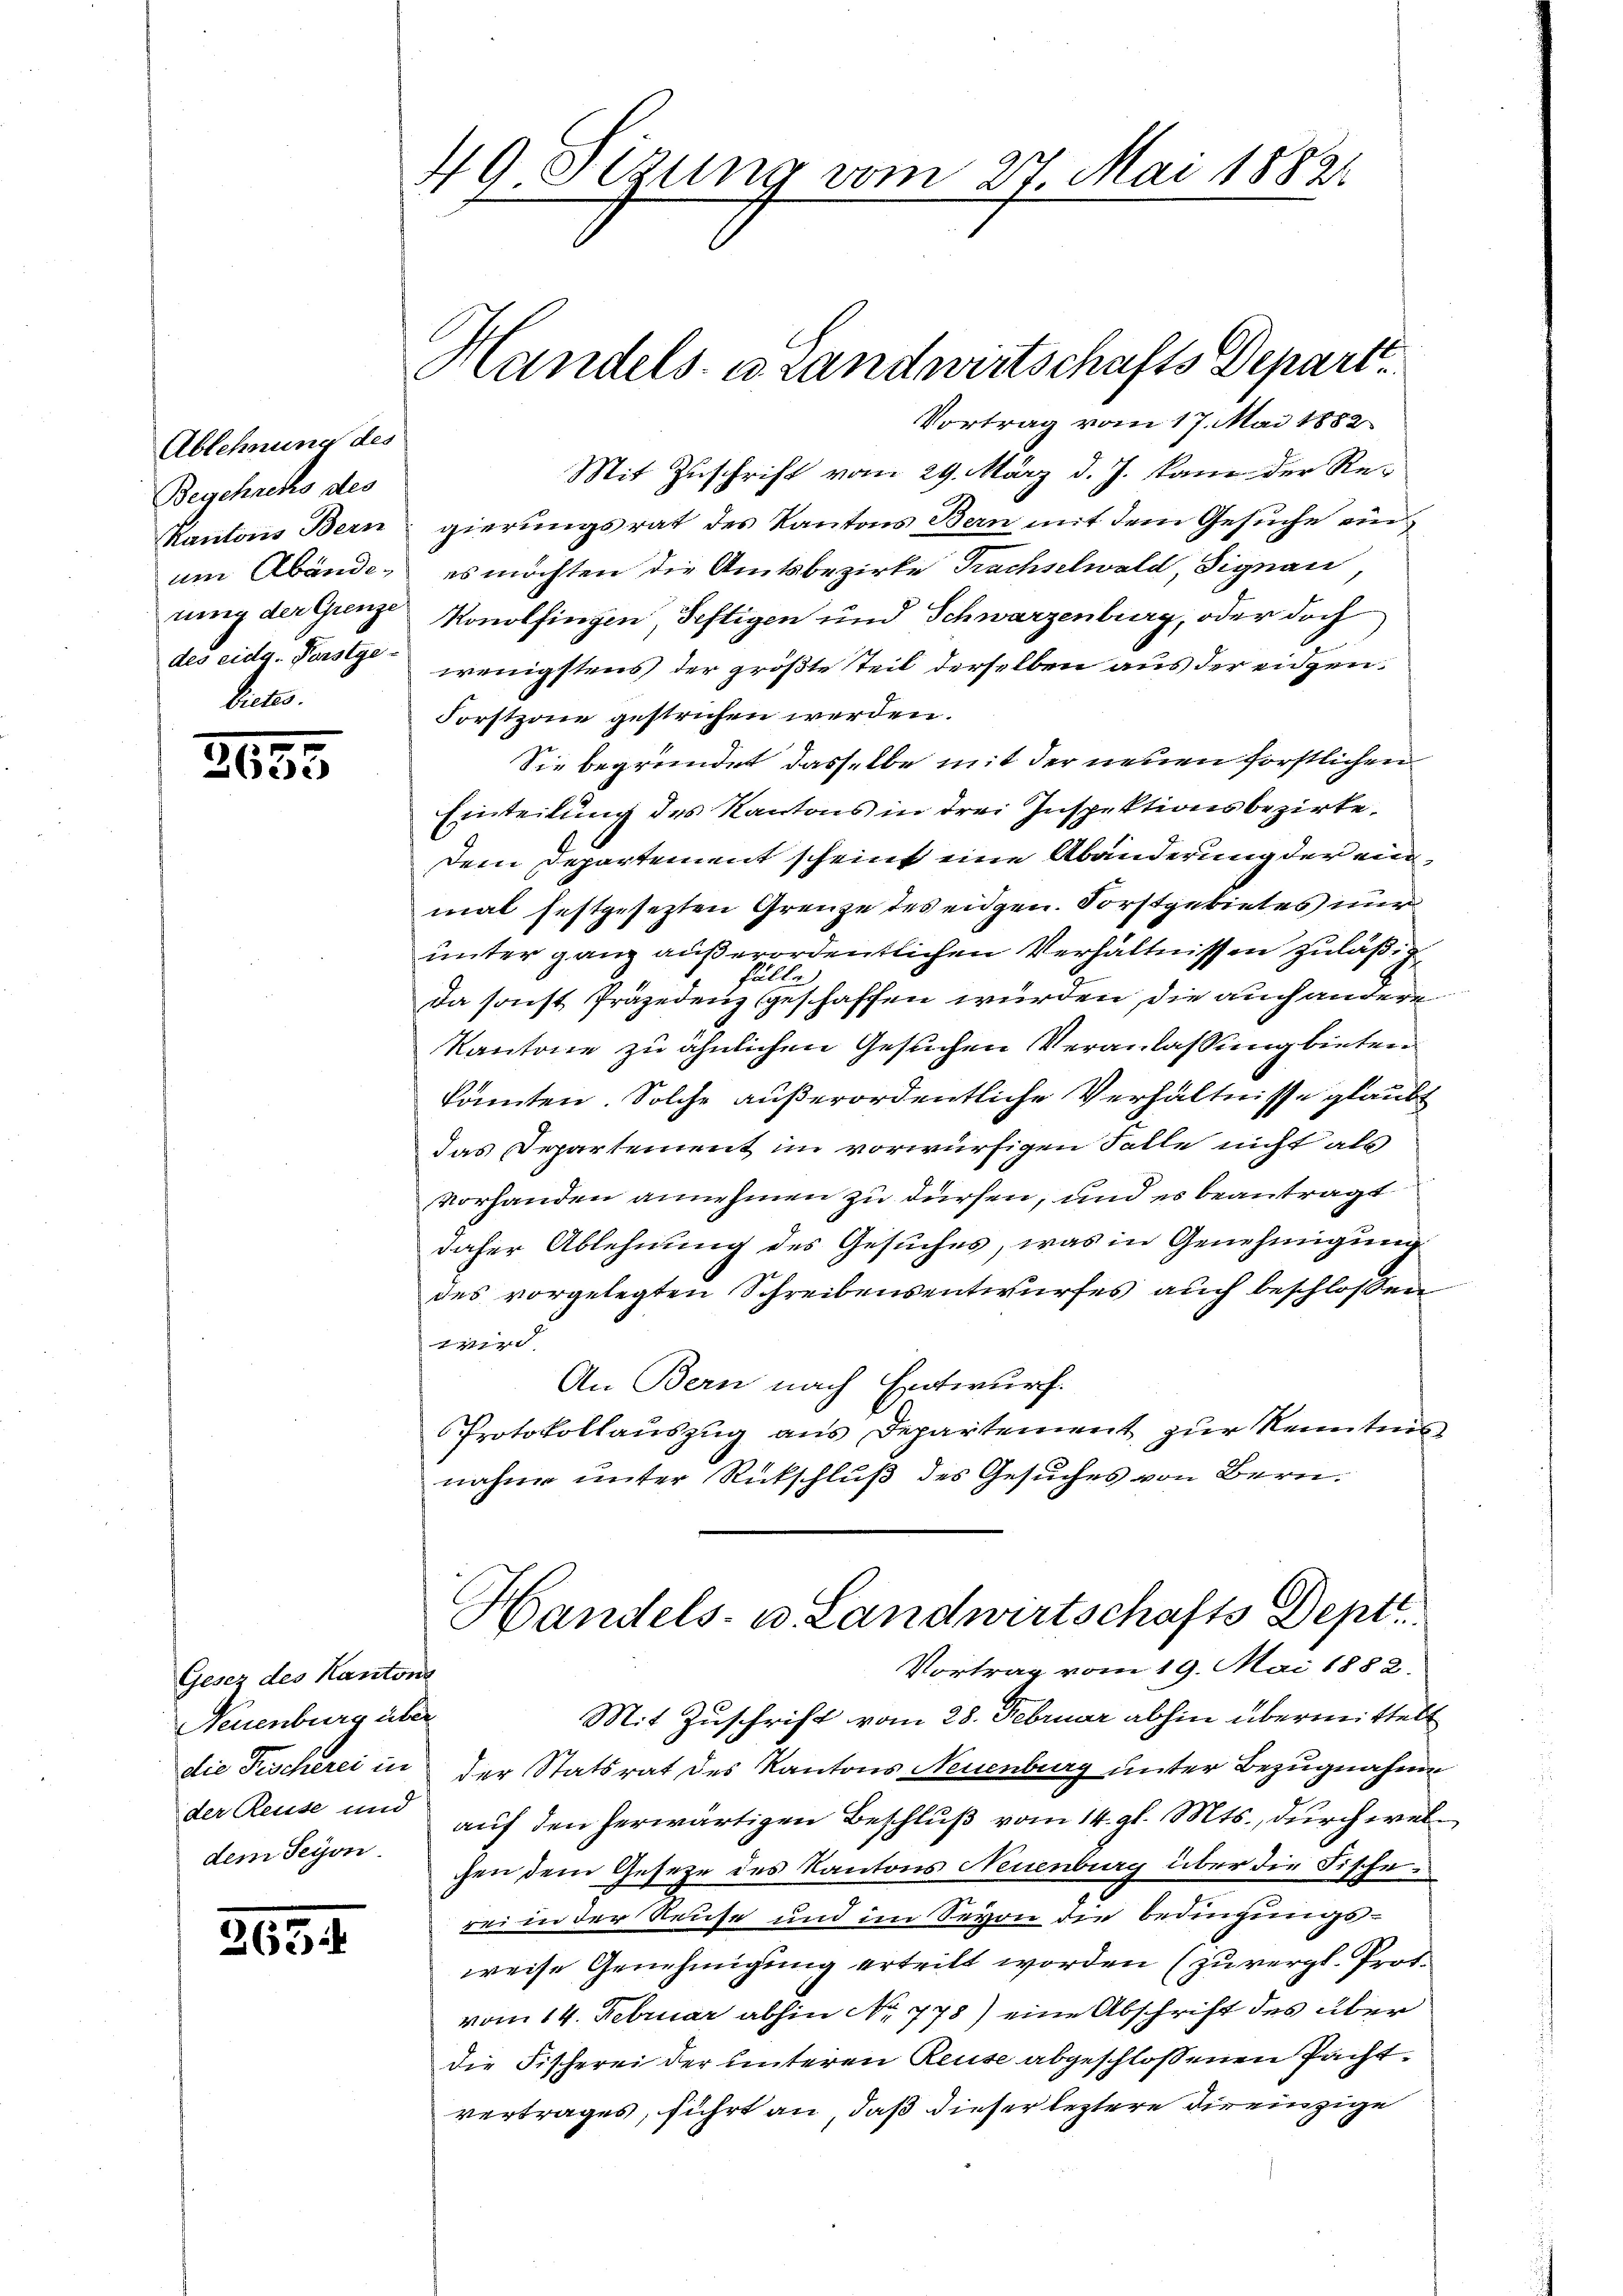
Ablehnung des
Begehuchs des
des eidg. Forstge-
bietes.

317
e

Vortrag vom 17. Mai 1882
Mit Zuschrift vom 29. März d. J. kann der Re¬
Kantons Bern gierungsrat des Kantons Bern mit dem Gesuche ein
um Abände, es möchten die Amtsbezirke Prachselwald, Signau
rung der Ganze Konolfingen, Seftigen und Schwarzenburg, oder doch
wenigstens der größte Teil derselben aus der eidgen.
Forstzone gestrichen werden.
Sie begründet dasselbe mit der neuen forstlichen
Einteilung des Kantons in drei Inspektionsbezirke,
dem Departement scheint eine Abänderung der einmal festgesezten Grenze des eidgen. Forstgebietes nur
unter ganz außerordentlichen Verhältnissen zuläßig
lalle
Da sonst Präjedenz geschaffen wurden, die auch andere
Kantone zu ähnlichen Gesuchen Veranlassung bieten
könnten. Solche außerordentliche Verhältnisse glaubt
das Departement im vorwürfigen Falle nicht als
vorhanden annehmen zu dürfen, und es beantragt
daher Ablehnung des Gesuches, was in Genehmigung
des vorgelegten Schreibensentwurfes auch beschlossen
wird.
An Bern nach Entwurf.
Protokollauszug aus Departement zur Kenntnis
nahme unter Rückschluß des Gesuches von Bern

Gesez des Kantons
Neuenburg über
die Geschrei in
der Reuse und
dem Seyon.

2634

49. Sezung vom 27. Mai 18821

Handels- u. Landwirtschafts Depart.

Handels- u. Landwirtschafts Dept
Vortrag vom 19. Mai 1882.

Mit Zuschrift vom 28. Februar abhin übermittelt
der Statsrat des Kantons Neuenburg unter Bezugnahme
auf den herwärtigen Beschluß vom 14. gl. Mts., durch welchen dem Gesetze des Kantons Neuenburg über die Fischerei in der Reise und im Sevon die Bedingungsweise Genehmigung erteilt worden (zu vergl. Prof.
vom 14. Februar abhin No 778) eine Abschrift des über
die Fischerei der unteren Reuse abgeschlossenen Pachtvertrages, führt an, daß dieser leztere dir einzige